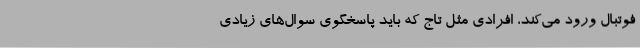
فوتبال ورود می‌کند، افرادی مثل تاج که باید پاسخگوی سوال‌های زیادی